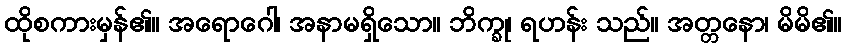
ထိုစကားမှန်၏။ အရောဂေါ၊ အနာမရှိသော။ ဘိက္ခု၊ ရဟန်း သည်။ အတ္တနော၊ မိမိ၏။